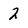
Character: 2